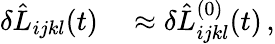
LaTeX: \begin{array}{rl}{\delta\hat{L}_{ijkl}(t)}&{{}\approx\delta\hat{L}_{ijkl}^{(0)}(t)\, ,}\end{array}